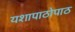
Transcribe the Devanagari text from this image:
यशापाठोपाठ